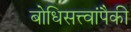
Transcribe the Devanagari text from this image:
बोधिसत्त्वांपैकी